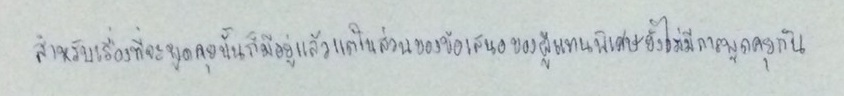
สำหรับเรื่องที่จะพูดคุยนั้นก็มีอยู่แล้วแต่ในส่วนของข้อเสนอของผู้แทนพิเศษยังไม่มีการพูดคุยกัน